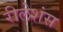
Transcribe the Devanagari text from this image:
रीलेशंस